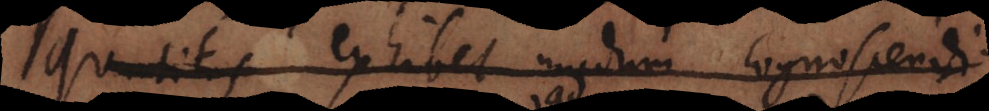
Quantitas exhibet modum cognoscendi.